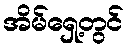
အိမ်ရှေ့တွင်